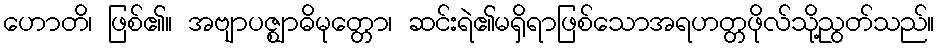
ဟောတိ၊ ဖြစ်၏။ အဗျာပဇ္ဈာဓိမုတ္တော၊ ဆင်းရဲ၏မရှိရာဖြစ်သောအရဟတ္တဖိုလ်သို့ညွတ်သည်။